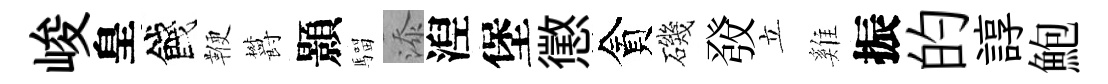
峻皇餞鞭欝顥騮添湼堡懲貪磯𤼲立雞振的諄鮑